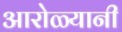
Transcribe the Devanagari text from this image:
आरोळ्यानी